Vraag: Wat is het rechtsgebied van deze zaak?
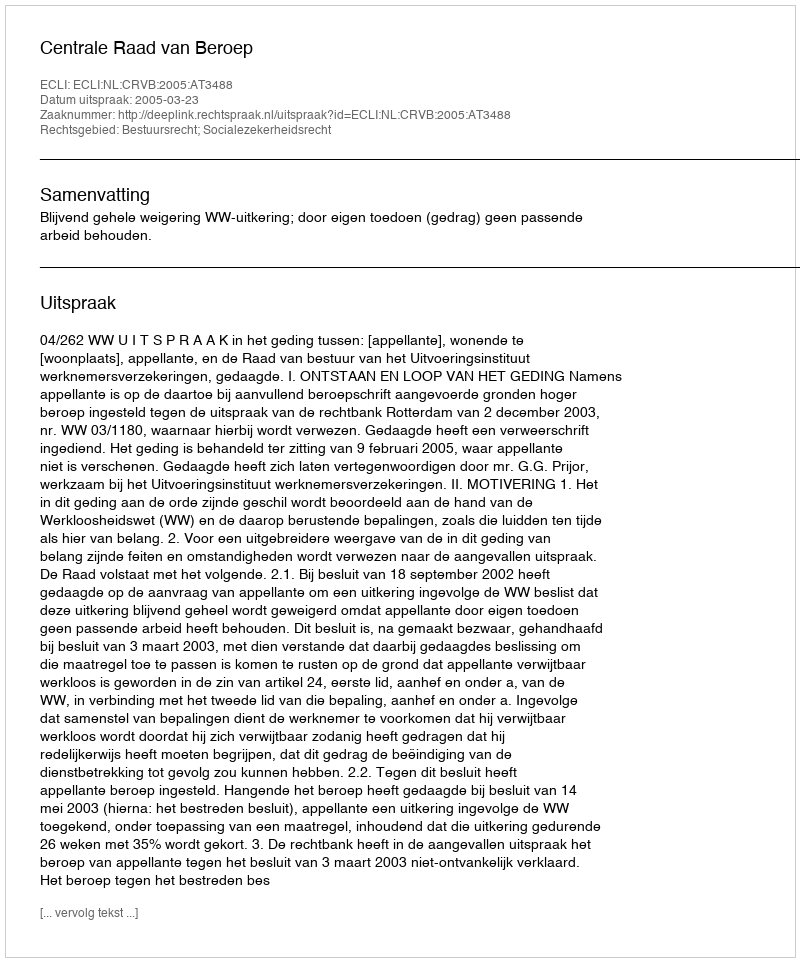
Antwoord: Bestuursrecht; Socialezekerheidsrecht